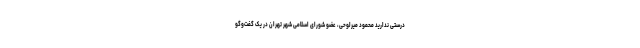
درستی ندارید محمود میرلوحی، عضو شورای اسلامی شهر تهران در یک گفت‌وگو